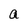
Character: a